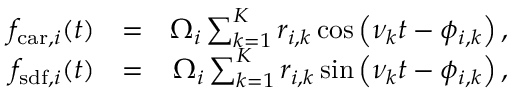
\begin{array} { r l r } { f _ { \mathrm { c a r } , i } ( t ) } & { = } & { \Omega _ { i } \sum _ { k = 1 } ^ { K } r _ { i , k } \cos \left( \nu _ { k } t - \phi _ { i , k } \right) , } \\ { f _ { \mathrm { s d f } , i } ( t ) } & { = } & { \Omega _ { i } \sum _ { k = 1 } ^ { K } r _ { i , k } \sin \left( \nu _ { k } t - \phi _ { i , k } \right) , } \end{array}